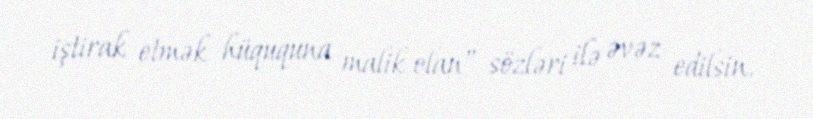
iştirak etmək hüququna malik olan” sözləri ilə əvəz edilsin.